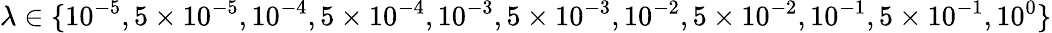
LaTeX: \lambda\in\{ 10^{-5},5\times 10^{-5},10^{-4},5\times 10^{-4},10^{-3},5\times 10^{-3},10^{-2},5\times 10^{-2},10^{-1},5\times 10^{-1},10^{0}\}